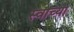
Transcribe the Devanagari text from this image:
स्वाच्या